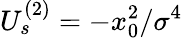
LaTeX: U_{s}^{(2)}=-x_{0}^{2}/\sigma^{4}